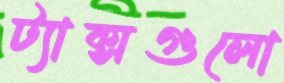
ট্যাক্সগুলো